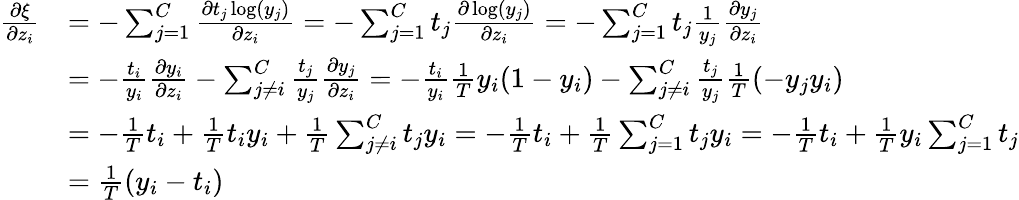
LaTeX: \begin{array}{rl}{\frac{\partial\xi}{\partial z_{i}}}&{=-\sum_{j=1}^{C}\frac{\partial t_{j}\log(y_{j})}{\partial z_{i}}=-\sum_{j=1}^{C}t_{j}\frac{\partial\log(y_{j})}{\partial z_{i}}=-\sum_{j=1}^{C}t_{j}\frac{1}{y_{j}}\frac{\partial y_{j}}{\partial z_{i}}}\\ &{=-\frac{t_{i}}{y_{i}}\frac{\partial y_{i}}{\partial z_{i}}-\sum_{j\neq i}^{C}\frac{t_{j}}{y_{j}}\frac{\partial y_{j}}{\partial z_{i}}=-\frac{t_{i}}{y_{i}}\frac{1}{T}y_{i}(1-y_{i})-\sum_{j\neq i}^{C}\frac{t_{j}}{y_{j}}\frac{1}{T}(-y_{j}y_{i})}\\ &{=-\frac{1}{T}t_{i}+\frac{1}{T}t_{i}y_{i}+\frac{1}{T}\sum_{j\neq i}^{C}t_{j}y_{i}=-\frac{1}{T}t_{i}+\frac{1}{T}\sum_{j=1}^{C}t_{j}y_{i}=-\frac{1}{T}t_{i}+\frac{1}{T}y_{i}\sum_{j=1}^{C}t_{j}}\\ &{=\frac{1}{T}(y_{i}-t_{i})}\end{array}